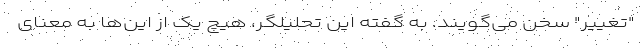
"تغییر" سخن می‌گویند. به گفته این تحلیلگر، هیچ یک از این‌ها به معنای